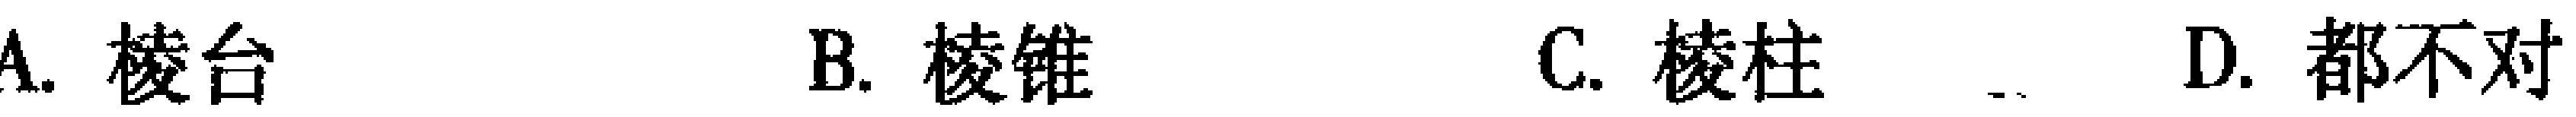
A. 棱台
B. 棱锥
C. 棱柱
D. 都不对